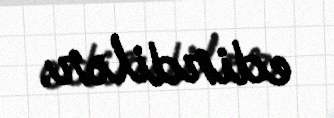
edirdilər.